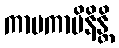
ကာမကာမိနိန္တိ